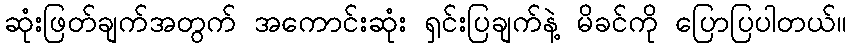
ဆုံးဖြတ်ချက်အတွက် အကောင်းဆုံး ရှင်းပြချက်နဲ့ မိခင်ကို ပြောပြပါတယ်။